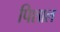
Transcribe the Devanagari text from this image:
पिशाल